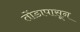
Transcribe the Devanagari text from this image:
तोंडापासून